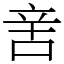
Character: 㖖